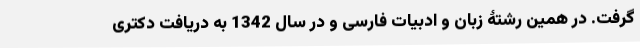
گرفت. در همین رشتۀ زبان و ادبیات فارسی و در سال 1342 به دریافت دکتری